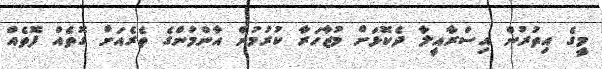
މީގެ އިތުރުން އިސްރާއީލާ ދެކޮޅަށް މުޒާހަރާ ކުރުމުން އާންމުންގެ ތެރެއަށް ގޮތެއް ފޮތެއް